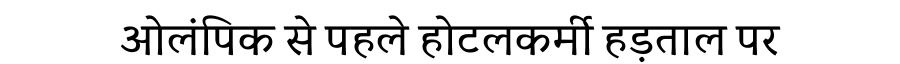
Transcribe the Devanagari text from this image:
ओलंपिक से पहले होटलकर्मी हड़ताल पर